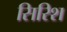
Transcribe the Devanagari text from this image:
सिरिश